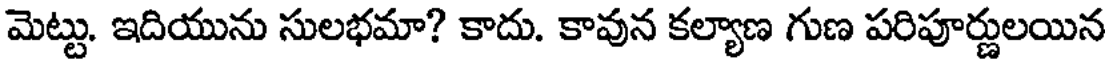
మెట్టు. ఇదియును సులభమా? కాదు. కావున కల్యాణ గుణ పరిపూర్ణులయిన